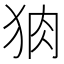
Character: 𭸆